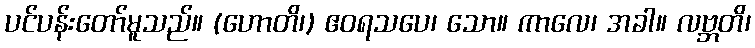
ပင်ပန်းတော်မူသည်။ (ဟောတိ၊) ဧဝရသပေ၊ သော။ ကာလေ၊ အခါ။ လဗ္ဘတိ၊